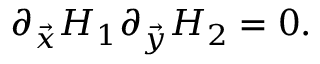
\partial _ { \vec { x } } H _ { 1 } \partial _ { \vec { y } } H _ { 2 } = 0 .